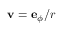
\mathbf { v } = \mathbf { e } _ { \phi } / r